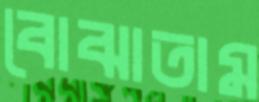
বোঝাতাম